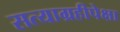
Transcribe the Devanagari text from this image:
सत्याग्रहीपेक्षा